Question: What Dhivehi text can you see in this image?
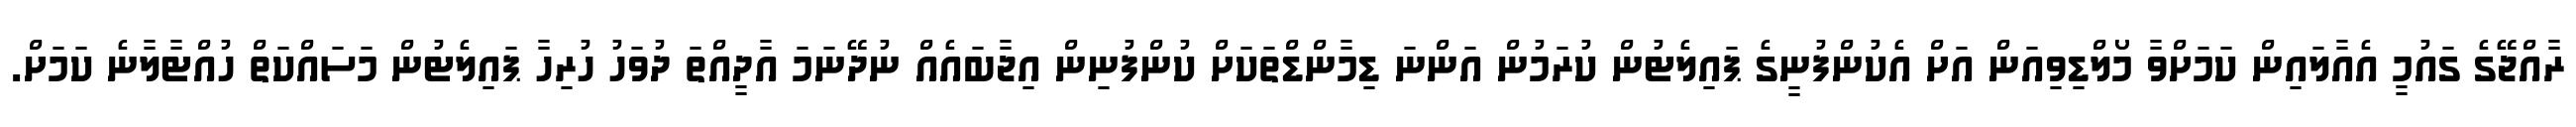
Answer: ރާއްޖޭގެ ގައުމީ އެއާލައިން ކަމަށްވާ މޯލްޑިވިއަން އަށް އެކުންފުނީގެ ޕައިލެޓުން ކުރަމުން އަންނަ ޑިމާންޑްތަކަށް ކުންފުނިން އިޖާބައެއް ނުދޭނަމަ އާދީއްތަ ދުވަހު ހުރިހާ ޕައިލެޓުން މަސައްކަތް ހުއްޓާލާނެ ކަމަށް.